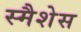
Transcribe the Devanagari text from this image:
स्मैशेस